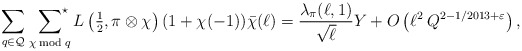
\begin{align*}\sum_{q\in\mathcal{Q}}\;\sideset{}{^\star}\sum_{\chi\bmod{q}}L\left(\tfrac{1}{2},\pi\otimes\chi\right)(1+\chi(-1))\bar\chi(\ell)=\frac{\lambda_\pi(\ell,1)}{\sqrt{\ell}}Y+O\left(\ell^2\:Q^{2-1/2013+\varepsilon}\right),\end{align*}